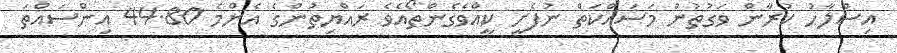
އިސްލާހު ކުރާން ވަގުތުން މަސައްކަތް ނުފެށީ ކީއްވެގެންތޯއެވެ ރައްޔިތުންގެ އެންމެ 44.80 އިންސައްތަ